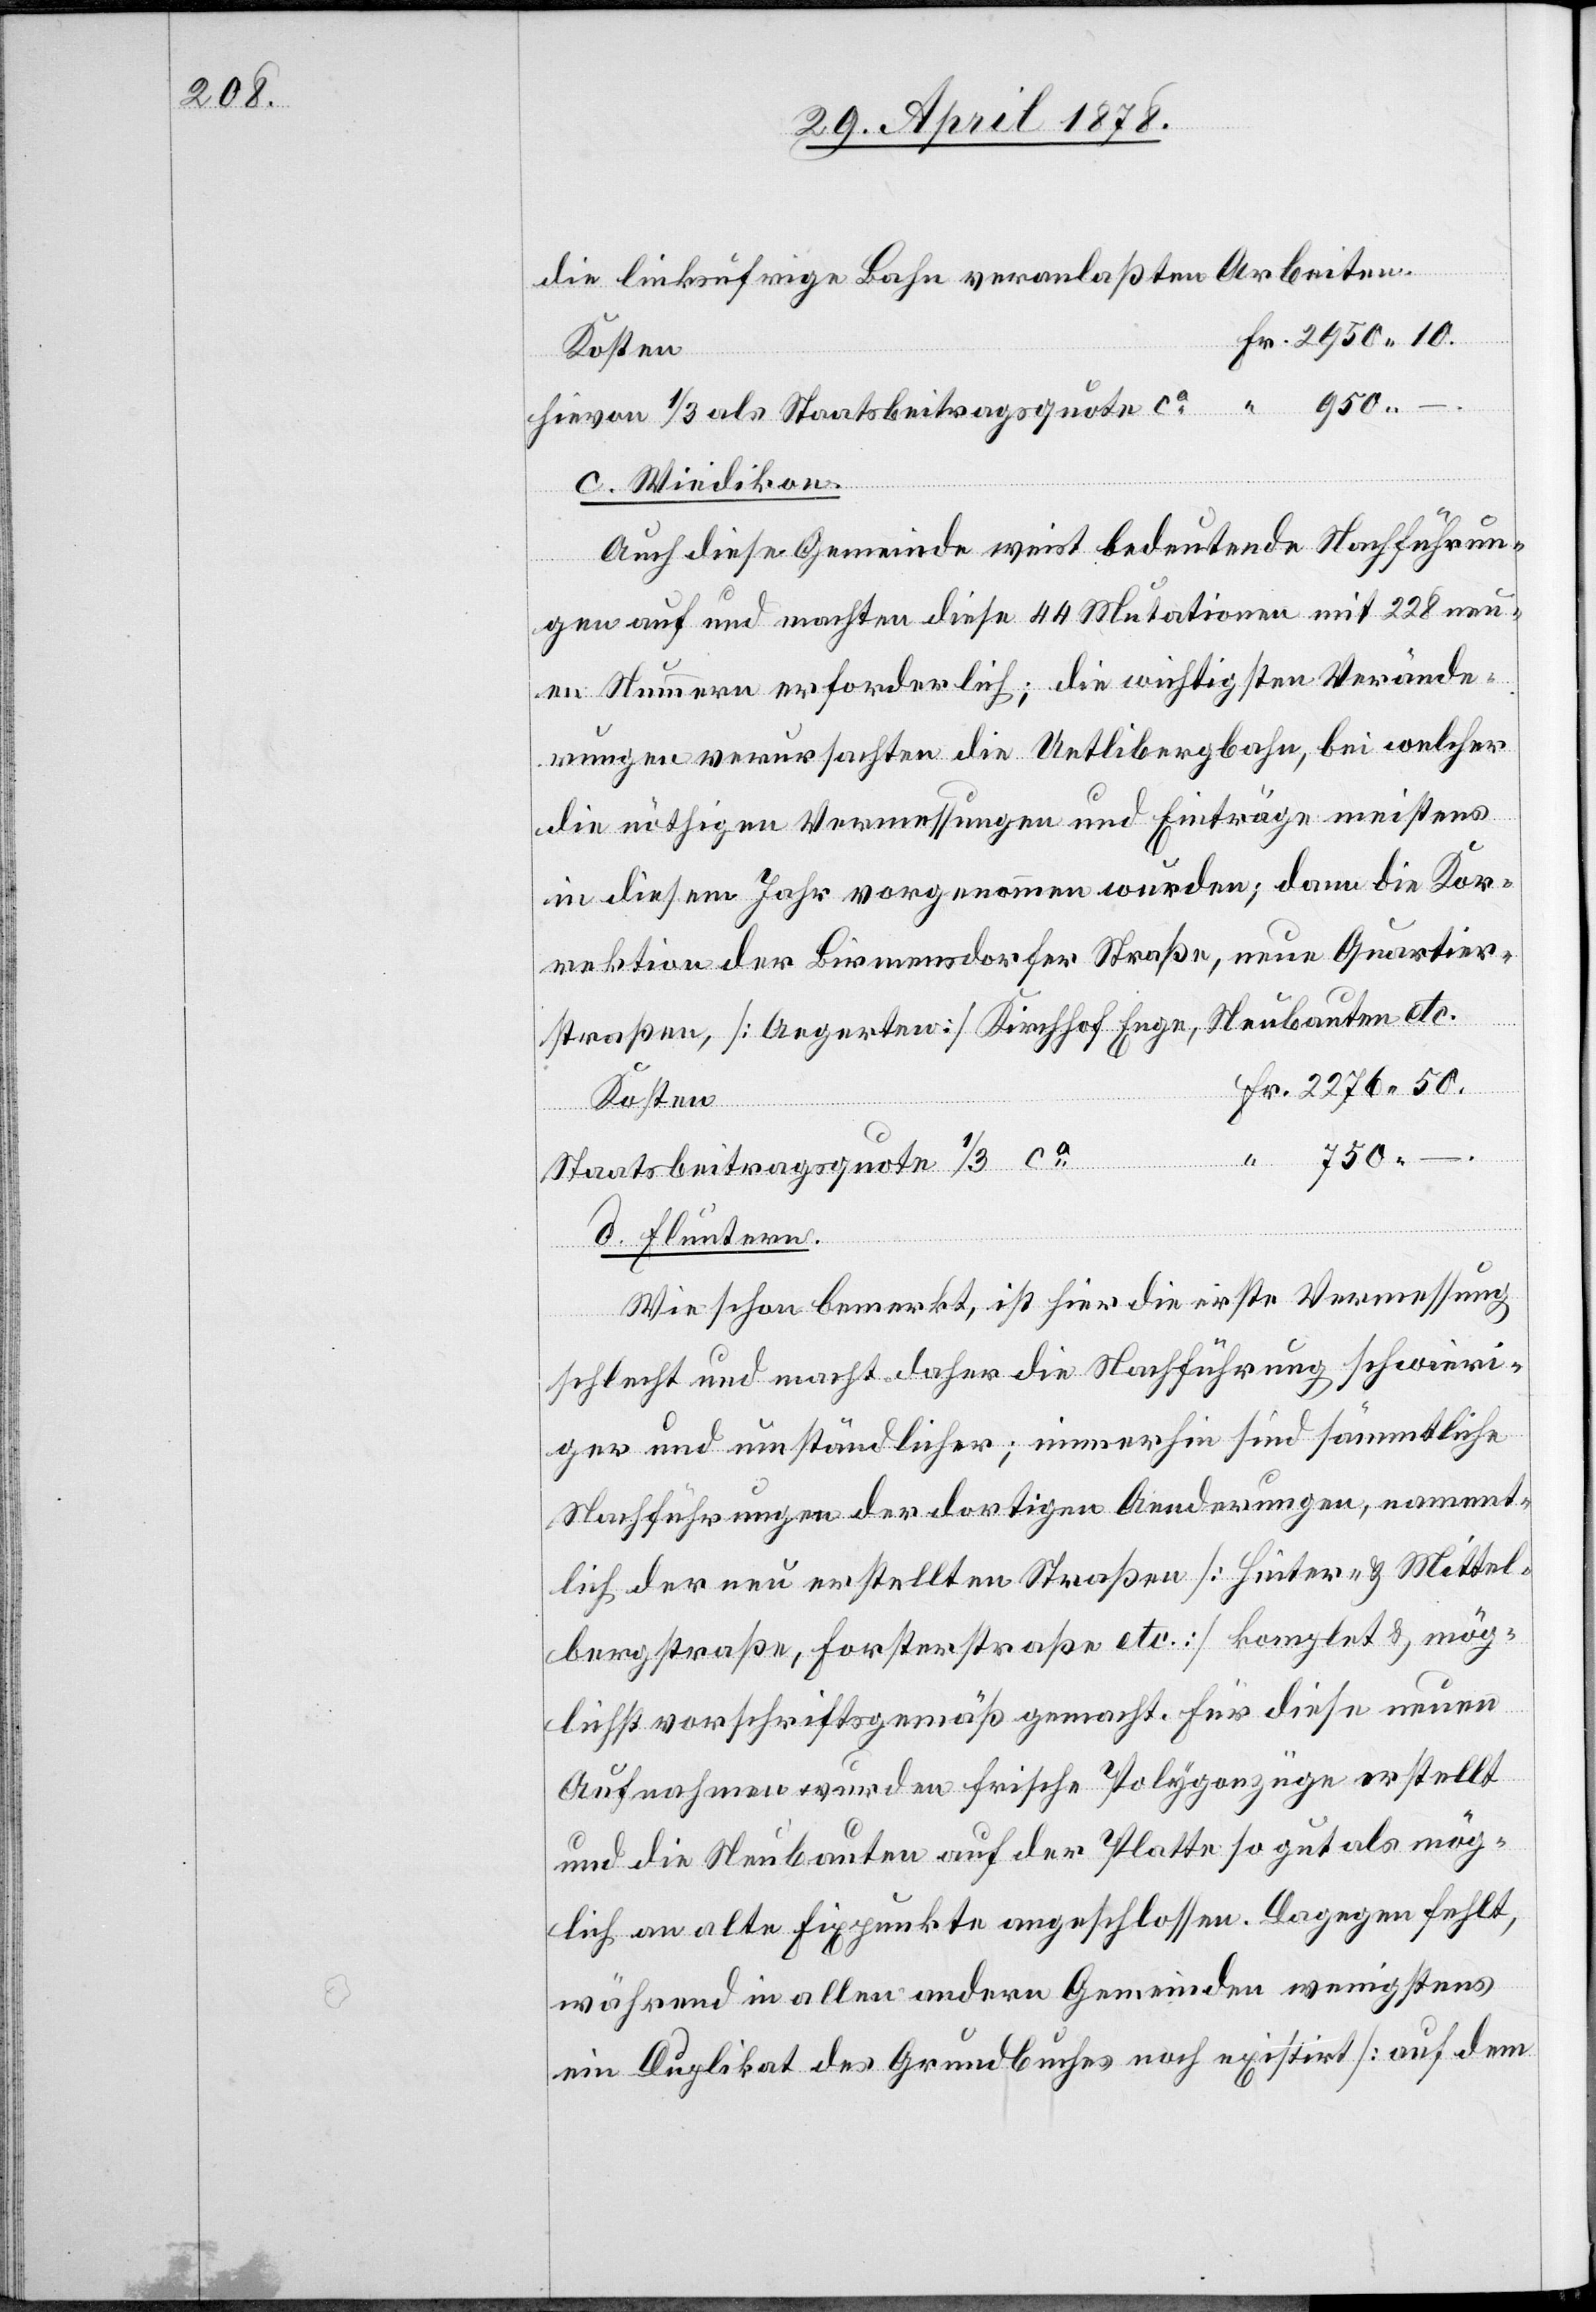
2271.

die linksufrige Bahn veranlassten Arbeiten
hievon 1/3 als Staatsbeitragsquote ca
c. Wiedikon.
Auch diese Gemeinde weist bedeutende Nachführun¬
Fr.
gen auf und machten diese 44 Mutationen mit 228 neu¬
en Nummern erforderlich; die wichtigsten Verände¬
rungen verursachten die Uetlibergbahn, bei welcher
die nöthigen Vermessungen und Einträge meistens
in diesem Jahr vorgenommen wurden; dann die Kor¬
rektion der Birmensdorfer Straße, neue Quartier¬
straßen, [Aegerten] Kirchhof Enge, Neubauten etc.
Kosten
Staatsbeitragsquote 1/3 ca
d. Fluntern.
Wie schon bemerkt, ist hier die erste Vermessung
schlecht und macht daher die Nachführung schwieri¬
ger und umständlicher; immerhin sind sämmtliche
Nachführungen der dortigen Aenderungen, nament¬
lich der neu erstellten Straßen [Hinter- & Mittel¬
bergstraße, Forsterstraße etc.] komplet & mög¬
lichst vorschriftsgemäß gemacht. Für diese neuen
Aufnahmen wurden frische Polygonzüge erstellt
und die Neubauten auf der Platte so gut als mög¬
lich an alte Fixpunkte angeschlossen. Dagegen fehlt,
während in allen andern Gemeinden wenigstens
ein Duplikat des Grundbuches noch existirt [auf dem